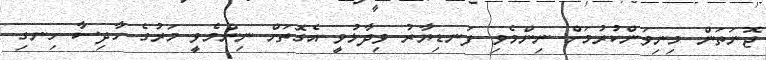
ޖޮނަތަން މިނިވަންކުރުމަށް ނިންމެވި ފަނޑިޔާރު ވިދާޅުވީ އެގޮތަށް ނިންމެވީ މަރުގެ ހާދިސާ ހިނގި